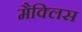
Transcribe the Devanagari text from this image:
मैक्लिस